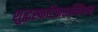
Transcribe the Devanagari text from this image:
शुद्धस्फटिकसन्निभम्